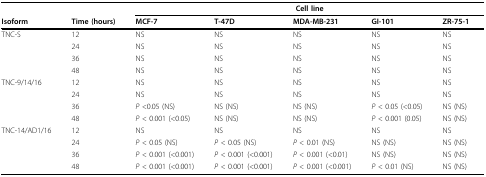
<table><thead><tr><td></td><td></td><td colspan="5"><b>Cell line</b></td></tr><tr><td><b>Isoform</b></td><td><b>Time (hours)</b></td><td><b>MCF-7</b></td><td><b>T-47D</b></td><td><b>MDA-MB-231</b></td><td><b>GI-101</b></td><td><b>ZR-75-1</b></td></tr></thead><tbody><tr><td>TNC-S</td><td>12</td><td>NS</td><td>NS</td><td>NS</td><td>NS</td><td>NS</td></tr><tr><td></td><td>24</td><td>NS</td><td>NS</td><td>NS</td><td>NS</td><td>NS</td></tr><tr><td></td><td>36</td><td>NS</td><td>NS</td><td>NS</td><td>NS</td><td>NS</td></tr><tr><td></td><td>48</td><td>NS</td><td>NS</td><td>NS</td><td>NS</td><td>NS</td></tr><tr><td>TNC-9/14/16</td><td>12</td><td>NS</td><td>NS</td><td>NS</td><td>NS</td><td>NS</td></tr><tr><td></td><td>24</td><td>NS</td><td>NS</td><td>NS</td><td>NS</td><td>NS</td></tr><tr><td></td><td>36</td><td><i>P </i>&lt;0.05 (NS)</td><td>NS (NS)</td><td>NS (NS)</td><td><i>P </i>&lt; 0.05 (&lt;0.05)</td><td>NS (NS)</td></tr><tr><td></td><td>48</td><td><i>P </i>&lt; 0.001 (&lt;0.05)</td><td>NS (NS)</td><td>NS (NS)</td><td><i>P </i>&lt; 0.001 (0.05)</td><td>NS (NS)</td></tr><tr><td>TNC-14/AD1/16</td><td>12</td><td>NS</td><td>NS</td><td>NS</td><td>NS</td><td>NS</td></tr><tr><td></td><td>24</td><td><i>P </i>&lt; 0.05 (NS)</td><td><i>P </i>&lt; 0.05 (NS)</td><td><i>P </i>&lt; 0.01 (NS)</td><td>NS (NS)</td><td>NS (NS)</td></tr><tr><td></td><td>36</td><td><i>P </i>&lt; 0.001 (&lt;0.001)</td><td><i>P </i>&lt; 0.001 (&lt;0.001)</td><td><i>P </i>&lt; 0.001 (&lt;0.01)</td><td>NS (NS)</td><td>NS (NS)</td></tr><tr><td></td><td>48</td><td><i>P </i>&lt; 0.001 (&lt;0.001)</td><td><i>P </i>&lt; 0.001 (&lt;0.001)</td><td><i>P </i>&lt; 0.001 (&lt;0.001)</td><td><i>P </i>&lt; 0.01 (NS)</td><td>NS (NS)</td></tr></tbody></table>